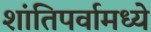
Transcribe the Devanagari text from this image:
शांतिपर्वामध्ये